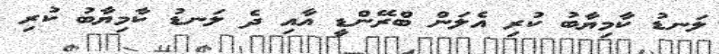
ލަނޑު ކާމިޔާބު ކުރި އެލަން ބްރޭންޑީ އާއި ދެ ލަނޑު ކާމިޔާބު ކުރި